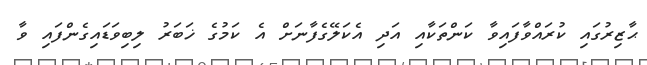
ޙާޒިރުގައި ކުރައްވާފައިވާ ކަންތަކާއި އަދި އެކަލޭގެފާނަށް އެ ކަމުގެ ޚަބަރު ލިބިވަޑައިގެންފައި ވާ